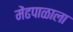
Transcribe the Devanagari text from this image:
मेंढपाळाला